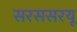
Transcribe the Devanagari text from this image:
सरससरयू